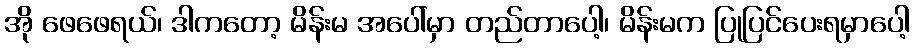
အို ဖေဖေရယ်၊ ဒါကတော့ မိန်းမ အပေါ်မှာ တည်တာပေါ့၊ မိန်းမက ပြုပြင်ပေးရမှာပေါ့